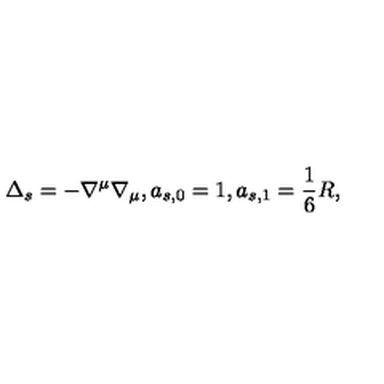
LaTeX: \Delta _ { s } = - \nabla ^ { \mu } \nabla _ { \mu } , a _ { s , 0 } = 1 , a _ { s , 1 } = \frac 1 6 R ,